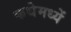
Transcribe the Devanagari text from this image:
कथेमध्यें